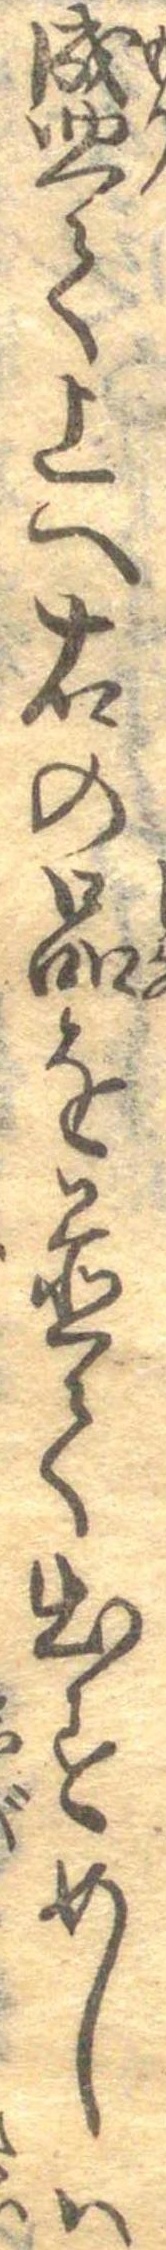
盛て上へ右の品を置て出すめしは